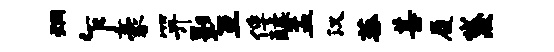
炯乍豪笄影互俘醵盂汉菰甚履黛